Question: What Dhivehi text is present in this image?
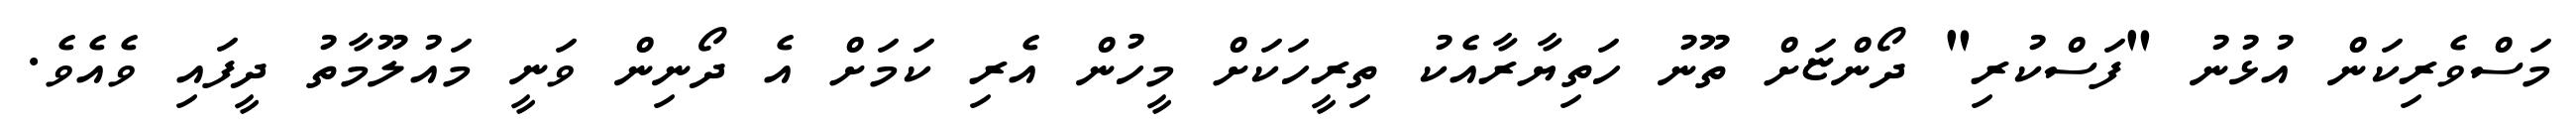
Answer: މަސްވެރިކަން އުޅުނު "ފަސްކުރި" ދޯންޏަށް ތޫނު ހަތިޔާރާއެކު ތިރީހަކަށް މީހުން އެރި ކަމަށް އެ ދޯނިން ވަނީ މައުލޫމާތު ދީފައި ވެއެވެ.